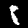
Label: 8